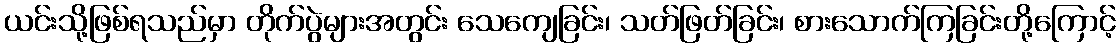
ယင်းသို့ဖြစ်ရသည်မှာ တိုက်ပွဲများအတွင်း သေကျေခြင်း၊ သတ်ဖြတ်ခြင်း၊ စားသောက်ကြခြင်းတို့ကြောင့်